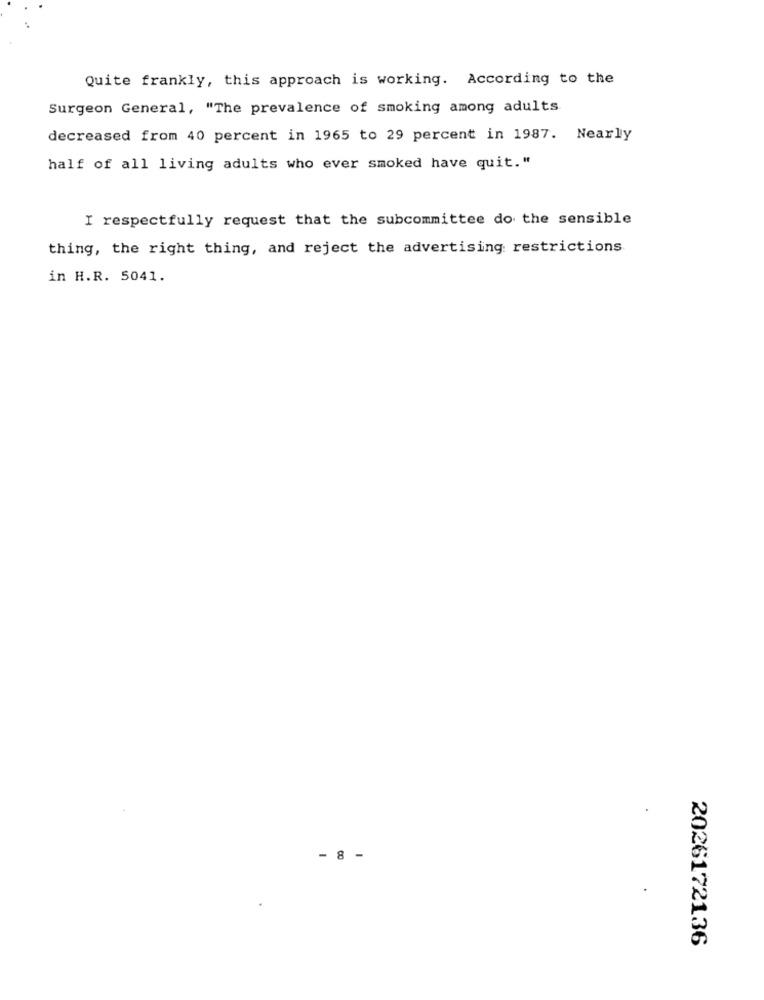
Quite frankly, this approach is working. According to the
Surgeon General, "The prevalence of smoking among adults
decreased from 40 percent in 1965 to 29 percent in 1987. Nearly
half of all living adults who ever smoked have quit."
I respectfully request that the subcommittee do the sensible
thing, the right thing, and reject the advertising restrictions
in H.R. 5041.
- 8 -
2026172136